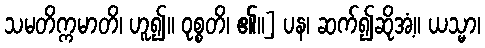
သမတိက္ကမာတိ၊ ဟူ၍။ ဝုစ္စတိ၊ ၏။] ပန၊ ဆက်၍ဆိုအံ့။ ယသ္မာ၊